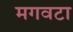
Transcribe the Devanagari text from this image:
मगवटा